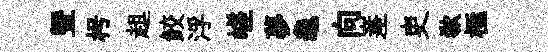
暨枵趄鲛浮嵯夢龜向嵳吏欷極